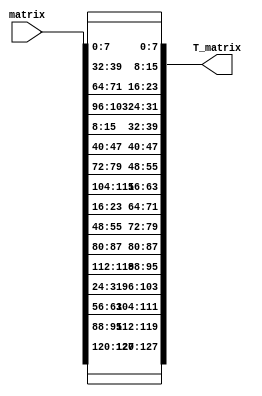
/* The transposition tau:

tau function is matrix transpose 
tau(a)=b <=> b(i,j)=a(j,i), 0 <= i,j <= 3
for example:
original Matrix is:
   1  2  3  4
   5  6  7  8
   9  10 11 12
   13 14 15 16
the transposed(tau) matrix will be:
   1  5  9  13
   2  6  10 14
   3  7  11 15
   4  8  12 16
vector form of the original matrix: 
   1 2 3 4 5 6 7 8 9 10 11 12 13 14 15 16 
therefore, the vector for transpose matrix will be:
   1 5 9 13 2 6 10 14 3 7 11 15 4 8 12 16
*/
module tau(
	input [127:0] matrix,
	output [127:0] T_matrix
);

assign T_matrix [127:120] = matrix[127:120];
assign T_matrix [119:112] = matrix[95:88];
assign T_matrix [111:104] = matrix[63:56];
assign T_matrix [103:96]  = matrix[31:24];
assign T_matrix [95:88]   = matrix[119:112];
assign T_matrix [87:80]   = matrix[87:80];
assign T_matrix [79:72]   = matrix[55:48];
assign T_matrix [71:64]   = matrix[23:16];
assign T_matrix [63:56]   = matrix[111:104];
assign T_matrix [55:48]   = matrix[79:72];
assign T_matrix [47:40]   = matrix[47:40];
assign T_matrix [39:32]   = matrix[15:8];
assign T_matrix [31:24]   = matrix[130:96];
assign T_matrix [23:16]   = matrix[71:64];
assign T_matrix [15:8] 	  = matrix[39:32];
assign T_matrix [7:0]     = matrix[7:0];

endmodule